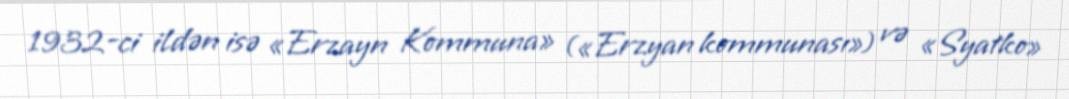
1932-ci ildən isə «Erzayn Kommuna» («Erzyan kommunası») və «Syatko»